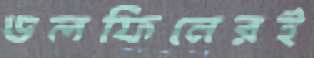
ডলফিনেরই